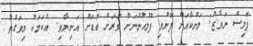
ޕޮލިސް ނަވާޒް: ލަންކާއަށް ފޮނުވި ފުލުހުންނަށް ވަރަށް ބޮޑަށް އަނިޔާވި. އެކަމަކު މިވަގުތު